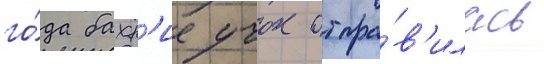
го́да бахр'ие учок отпра́в'илась